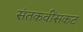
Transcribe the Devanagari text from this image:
संतकवींसकट